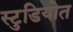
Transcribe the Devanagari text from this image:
स्टुडियोत